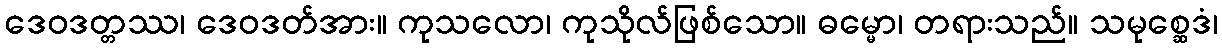
ဒေဝဒတ္တဿ၊ ဒေဝဒတ်အား။ ကုသလော၊ ကုသိုလ်ဖြစ်သော။ ဓမ္မော၊ တရားသည်။ သမုစ္ဆေဒံ၊